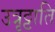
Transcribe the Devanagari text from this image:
उत्रृट्टाति